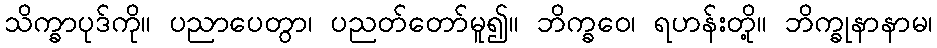
သိက္ခာပုဒ်ကို။ ပညာပေတွာ၊ ပညတ်တော်မူ၍။ ဘိက္ခဝေ၊ ရဟန်းတို့။ ဘိက္ခုနာနာမ၊